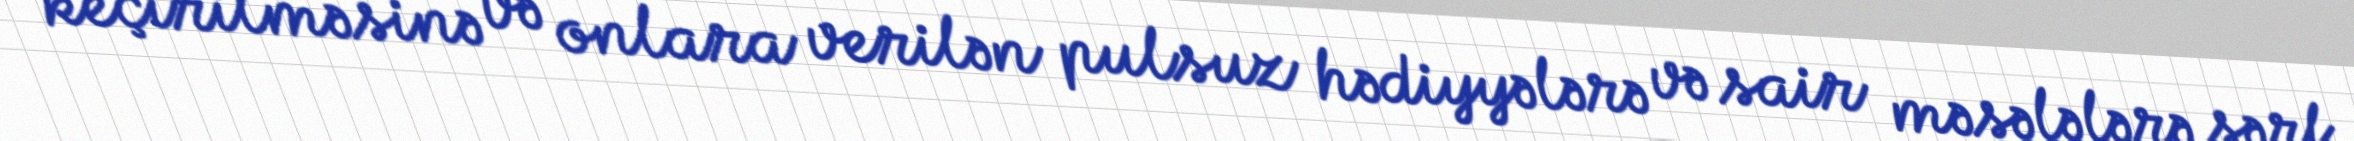
keçirilməsinə və onlara verilən pulsuz hədiyyələrə və sair məsələlərə sərf